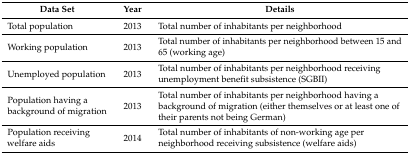
<table><thead><tr><td><b>Data Set</b></td><td><b>Year</b></td><td><b>Details</b></td></tr></thead><tbody><tr><td>Total population</td><td>2013</td><td>Total number of inhabitants per neighborhood</td></tr><tr><td>Working population</td><td>2013</td><td>Total number of inhabitants per neighborhood between 15 and 65 (working age)</td></tr><tr><td>Unemployed population</td><td>2013</td><td>Total number of inhabitants per neighborhood receiving unemployment benefit subsistence (SGBII) </td></tr><tr><td>Population having a background of migration</td><td>2013</td><td>Total number of inhabitants per neighborhood having a background of migration (either themselves or at least one of their parents not being German)</td></tr><tr><td>Population receiving welfare aids</td><td>2014</td><td>Total number of inhabitants of non-working age per neighborhood receiving subsistence (welfare aids)</td></tr></tbody></table>